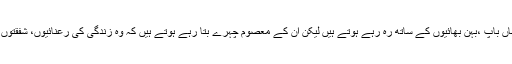
بظاہر یہ بچے اپنے ماں باپ ،بہن بھائیوں کے ساتھ رہ رہے ہوتے ہیں لیکن ان کے معصوم چہرے بتا رہے ہوتے ہیں کہ وہ زندگی کی رعنائیوں، شفقتوں سے کوسوں دور ہیں۔